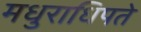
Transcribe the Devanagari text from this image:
मधुराधिपते